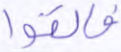
فألقوا